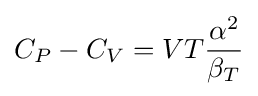
C_{P}-C_{V}=VT{\frac {\alpha ^{2}}{\beta _{T}}}